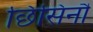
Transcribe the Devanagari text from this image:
छिसिनौ